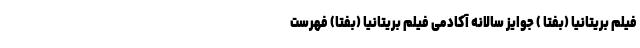
فیلم بریتانیا (بفتا ) جوایز سالانه آکادمی فیلم بریتانیا (بفتا) فهرست